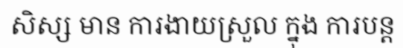
សិស្ស មាន ការងាយស្រួល ក្នុង ការបន្ត